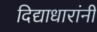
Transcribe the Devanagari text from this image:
दिद्याधारांनी